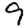
Digit: 9